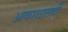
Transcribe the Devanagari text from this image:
आकाशातही